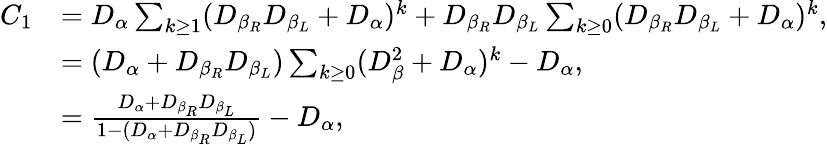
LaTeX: \begin{array}{rl}{C_{1}}&{=D_{\alpha}\sum_{k\geq 1}(D_{\beta_{R}}D_{\beta_{L}}+D_{\alpha})^{k}+D_{\beta_{R}}D_{\beta_{L}}\sum_{k\geq 0}(D_{\beta_{R}}D_{\beta_{L}}+D_{\alpha})^{k}\mathrm{,}}\\ &{=(D_{\alpha}+D_{\beta_{R}}D_{\beta_{L}})\sum_{k\geq 0}(D_{\beta}^{2}+D_{\alpha})^{k}-D_{\alpha}\mathrm{,}}\\ &{=\frac{D_{\alpha}+D_{\beta_{R}}D_{\beta_{L}}}{1-(D_{\alpha}+D_{\beta_{R}}D_{\beta_{L}})}-D_{\alpha}\mathrm{,}}\end{array}